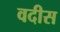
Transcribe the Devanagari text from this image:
वदीस